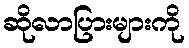
ဆိုလာပြားများကို